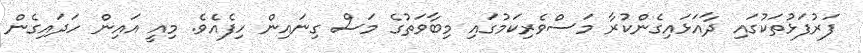
ފަރުފަޅުތަކުގައި ދާއަޅައިގެންކުރާ މަސްވެރިކަމުގައި މިބާވަތުގެ މަސް ގިނައިން ހިފެއެވެ. މިއީ އައިން ހަދައިގެން